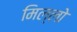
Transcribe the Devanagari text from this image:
मिल्लो